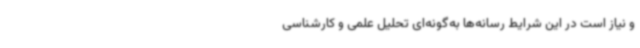
و نیاز است در این شرایط رسانه‌ها به‌گونه‌ای تحلیل علمی و کارشناسی